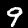
Digit: 9